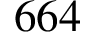
6 6 4